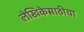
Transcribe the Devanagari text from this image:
लेखिकेसाठीचा